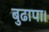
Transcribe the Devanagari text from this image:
बुढापा।